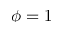
\phi = 1